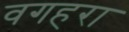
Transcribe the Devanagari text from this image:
वगहरा